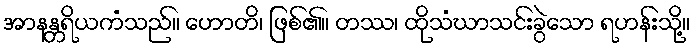
အာနန္တရိယကံသည်။ ဟောတိ၊ ဖြစ်၏။ တဿ၊ ထိုသံဃာသင်းခွဲသော ရဟန်းသို့။